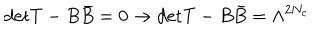
LaTeX: \mathrm { d e t } T - B \bar { B } = 0 \rightarrow \mathrm { d e t } T - B \bar { B } = \Lambda ^ { 2 N _ { c } }